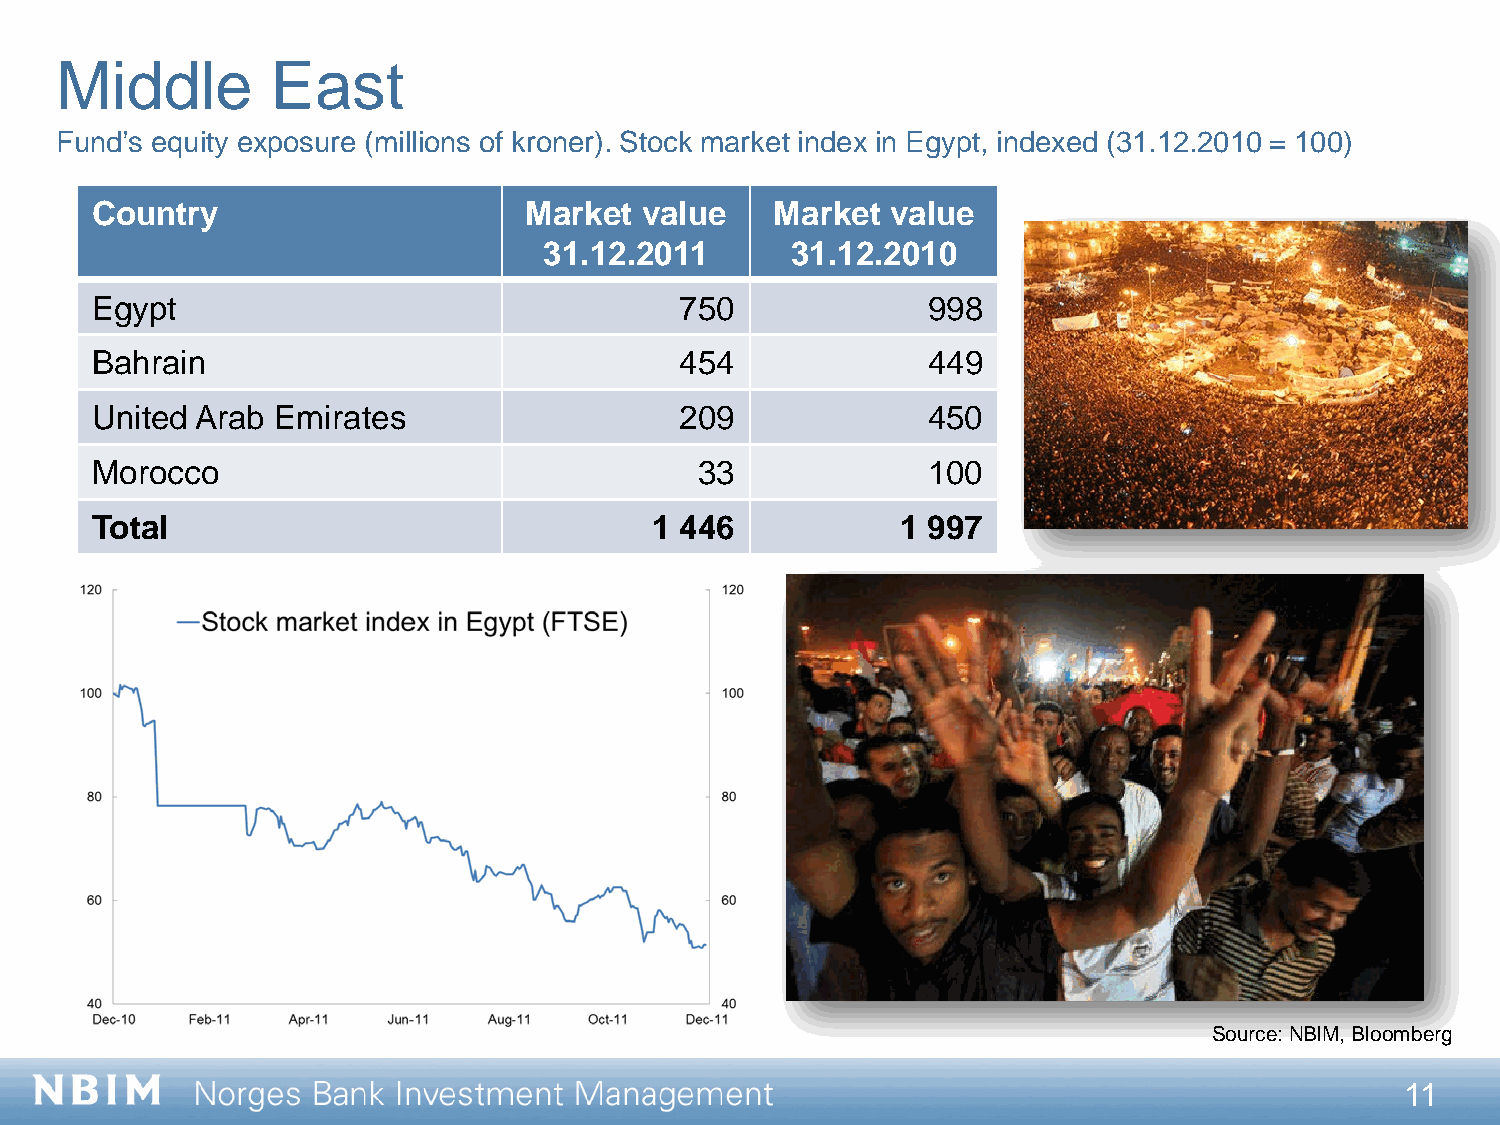
Middle        East
 Fund’s equity exposure (millions of kroner). Stock market index in Egypt, indexed (31.12.2010 = 100)
 Country                      Market  value   Market  value
 31.12.2011      31.12.2010
 Egypt                                  750             998
 Bahrain                                454             449
 United Arab Emirates                   209             450
 Morocco                                 33             100
 Total                                1 446            1 997
 Source: NBIM, Bloomberg
 11